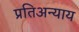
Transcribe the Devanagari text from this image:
प्रतिअन्याय